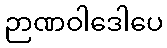
ဉာဏဝါဒေါပေ